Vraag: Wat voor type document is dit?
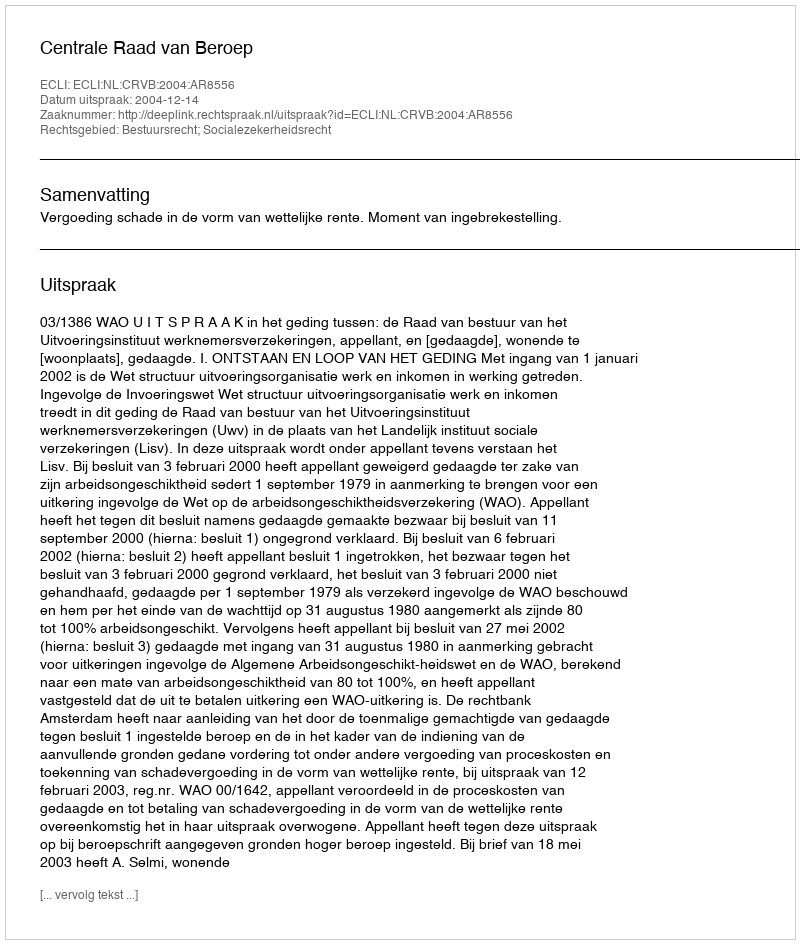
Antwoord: Uitspraak